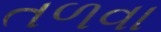
તળવા